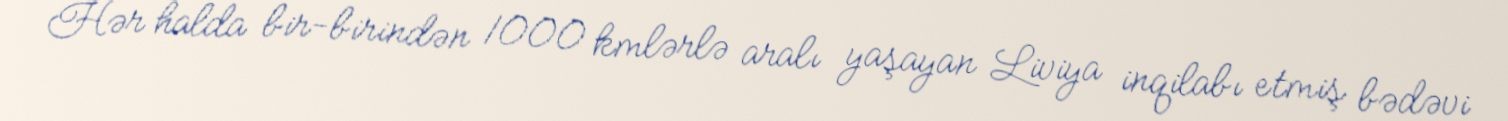
Hər halda bir-birindən 1000 kmlərlə aralı yaşayan Liviya inqilabı etmiş bədəvi